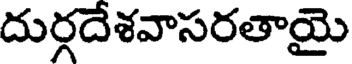
దుర్గదేశవాసరతాయై